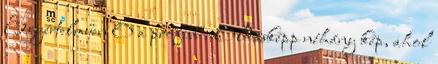
Egyértelműen Ő a profibb : Oldásképp néhány kép, ahol